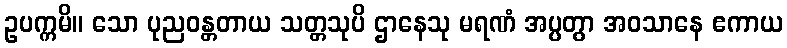
ဥပက္ကမိ။ သော ပုညဝန္တတာယ သတ္တသုပိ ဌာနေသု မရဏံ အပ္ပတွာ အဝသာနေ ဧကာယ